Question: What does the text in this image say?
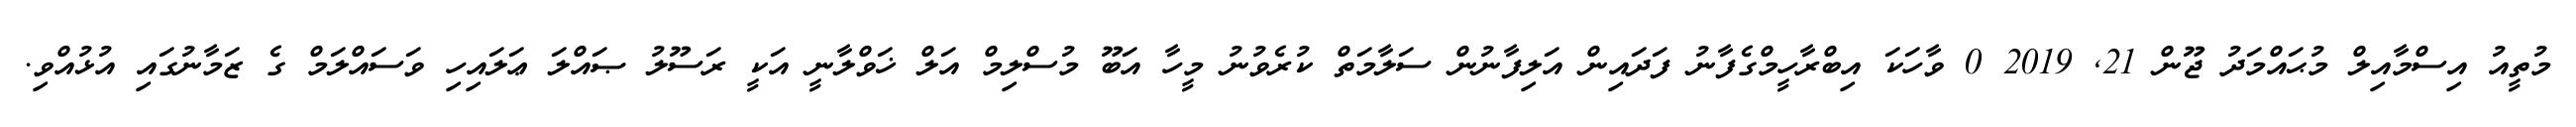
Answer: މުތީއު އިސްމާއިލް މުޙައްމަދު ޖޫން 21, 2019 0 ވާހަކަ އިބްރާހީމްގެފާނު ފަދައިން އަލިފާނުން ސަލާމަތް ކުރެވުނު މީހާ އަބޫ މުސްލިމް އަލް ޚަވްލާނީ އަކީ ރަސޫލު ޞައްލަ ޢަލައިހި ވަސައްލަމް ގެ ޒަމާނުގައި އުޅުއްވި.